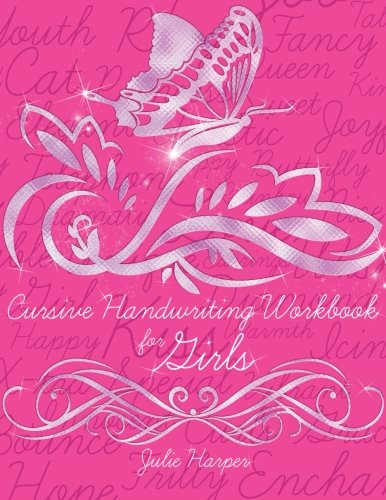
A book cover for Cursive Handwriting Workbook for Girls; Julie Harper; Reference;